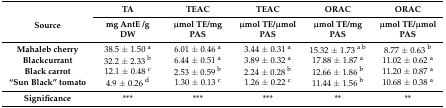
<table><thead><tr><td rowspan="2"><b>Source</b></td><td><b>TA</b></td><td><b>TEAC</b></td><td><b>TEAC</b></td><td><b>ORAC</b></td><td><b>ORAC</b></td></tr><tr><td><b>mg AntE /g DW</b></td><td><b>μmol TE/mg PAS</b></td><td><b>μmol TE/μmol PAS</b></td><td><b>μmol TE/mg PAS</b></td><td><b>μmol TE/μmol PAS</b></td></tr></thead><tbody><tr><td><b>Mahaleb cherry</b></td><td>38.5 ± 1.50 <sup>a</sup></td><td>6.01 ± 0.46 <sup>a</sup></td><td>3.44 ± 0.31 <sup>a</sup></td><td>15.32 ± 1.73 <sup>a b</sup></td><td>8.77 ± 0.63 <sup>b</sup></td></tr><tr><td><b>Blackcurrant</b></td><td>32.2 ± 2.33 <sup>b</sup></td><td>6.44 ± 0.51 <sup>a</sup></td><td>3.89 ± 0.32 <sup>a</sup></td><td>17.88 ± 1.87 <sup>a</sup></td><td>11.02 ± 0.62 <sup>a</sup></td></tr><tr><td><b>Black carrot</b></td><td>12.1 ± 0.48 <sup>c</sup></td><td>2.53 ± 0.59 <sup>b</sup></td><td>2.24 ± 0.28 <sup>b</sup></td><td>12.66 ± 1.86 <sup>b</sup></td><td>11.20 ± 0.87 <sup>a</sup></td></tr><tr><td><b>“Sun Black” tomato</b></td><td>4.9 ± 0.26 <sup>d</sup></td><td>1.30 ± 0.13 <sup>c</sup></td><td>1.26 ± 0.22 <sup>c</sup></td><td>11.44 ± 1.56 <sup>b</sup></td><td>10.68 ± 0.38 <sup>a</sup></td></tr><tr><td><b>Significance</b></td><td>***</td><td>***</td><td>***</td><td>**</td><td>**</td></tr></tbody></table>